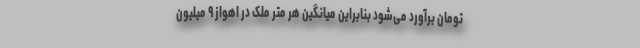
تومان برآورد می‌شود بنابراین میانگین هر متر ملک در اهواز ۹ میلیون